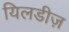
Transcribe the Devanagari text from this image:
यिलडीज़